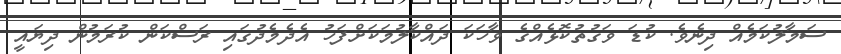
ސަމާލުކަމެއް ދިނެވެ. ކުޑަ ވަގުތުކޮޅެއްގެ ވާހަކަ ދައްކާލުމަކަށްފަހު އެދެމެދުގައި ރަސްކަން ކުރަމުން ދިޔައީ